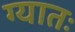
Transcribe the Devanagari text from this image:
ग्यातः